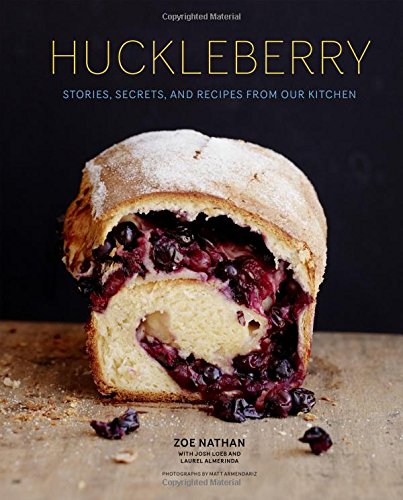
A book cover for Huckleberry: Stories, Secrets, and Recipes From Our Kitchen; Zoe Nathan; Cookbooks, Food & Wine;